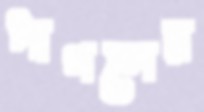
পাগলের